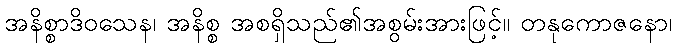
အနိစ္စာဒိဝသေန၊ အနိစ္စ အစရှိသည်၏အစွမ်းအားဖြင့်။ တနုကောဇနော၊